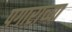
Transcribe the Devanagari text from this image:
पगाराच्या